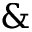
\&